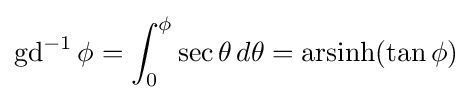
\operatorname {gd} ^{-1}\phi =\int _{0}^{\phi }\sec \theta \,d\theta =\operatorname {arsinh} (\tan \phi )